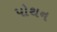
પોથન